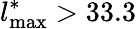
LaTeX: l_{\mathrm{max}}^{\ast}>33.3